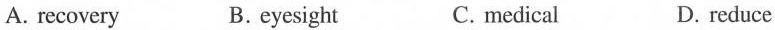
A. recovery B.eyesight C. medical D. reduce